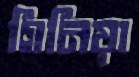
গিনিয়া